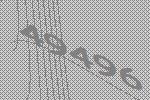
49496